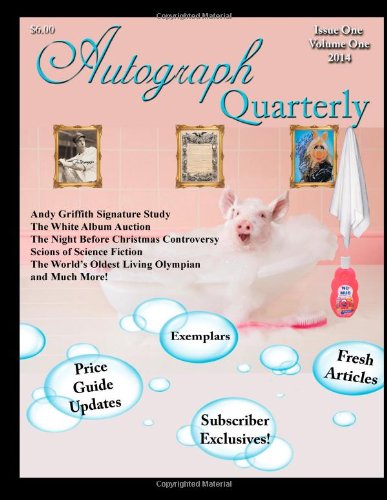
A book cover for Autograph Quarterly Volume 1 2014; Autograph Quarterly; Crafts, Hobbies & Home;